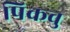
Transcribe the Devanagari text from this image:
पिकवु